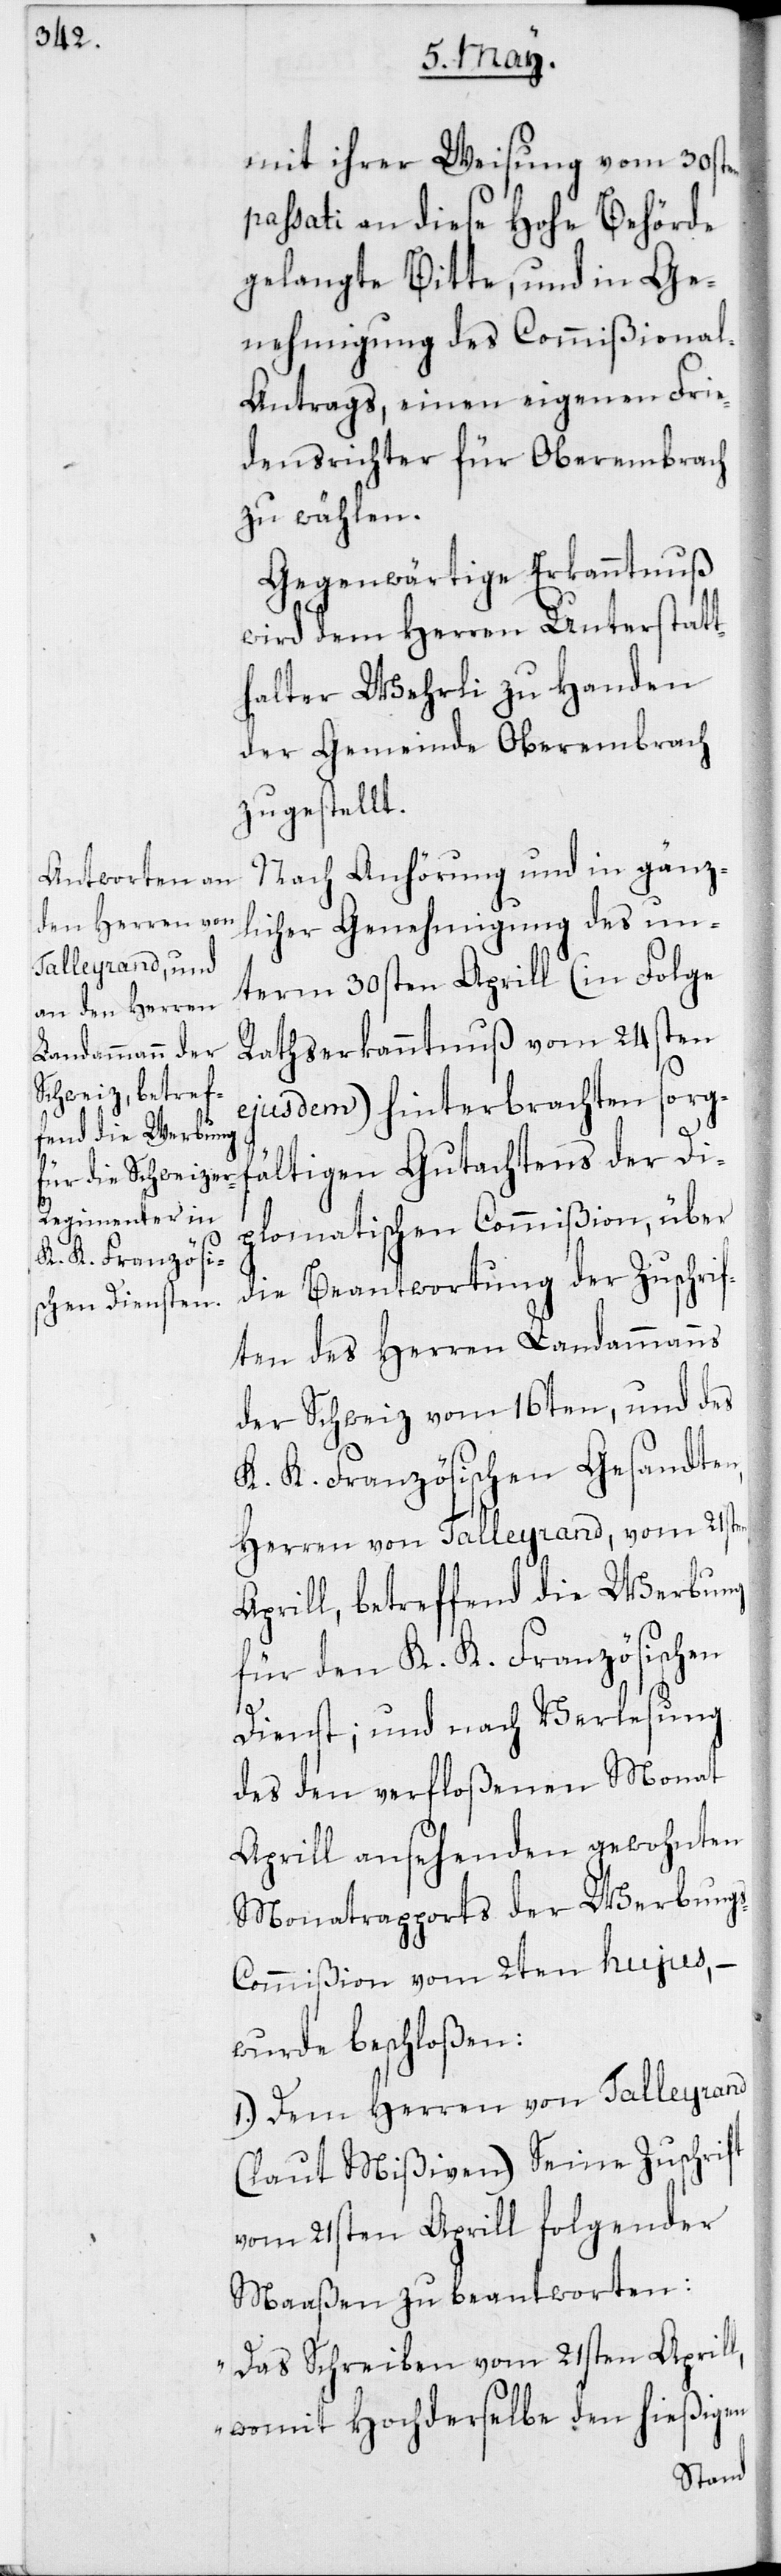
mit ihrer Weisung vom 30sten
passati an diese Hohe Behörde
gelangte Bitte, und in Ge¬
nehmigung des Commißiona¬
l-Antrags einen eigenen Frie¬
densrichter für Oberembrach
zu wählen.
Gegenwärtige Erkanntnuß
wird dem Herren Unterstatt¬
halter Wehrli zu Handen
der Gemeinde Oberembrach
zugestellt.
Nach Anhörung und in gänz¬
licher Genehmigung des un¬
term 30sten Aprill (in Folge
Rathserkanntnuß vom 24sten
en
ejusdem) hinterbrachten sorgf¬
ältigen Gutachtens der Di¬
plomatischen Commißion, über
die Beantwortung der Zuschri¬
ften des Herren Landammanns
der Schweiz vom 16ten, und des
K. K. Französischen Gesandten,
Herren von Talleyrand, vom 21st¬
Aprill, betreffend die Werbung
für den K. K. Französischen
Dienst; und nach Verlesung
des den verfloßenen Monat
Aprill ansehenden gewohnten
Monatsrapport der Werbung¬
s-Commißion vom 2ten hujus, –
wurde beschloßen:
1. Dem Herren von Talleyrand
(laut Mißiven) Seine Zuschrift
vom 21sten Aprill folgender
Maaßen zu beantworten:
„Das Schreiben vom 21sten Aprill,
womit Hochderselbe den hießigen